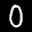
Label: 0